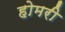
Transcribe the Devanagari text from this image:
होमरी